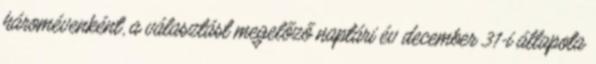
háromévenként, a választást megelőző naptári év december 31-i állapota